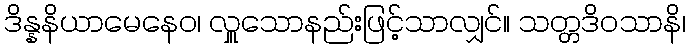
ဒိန္နနိယာမေနေဝ၊ လှူသောနည်းဖြင့်သာလျှင်။ သတ္တဒိဝသာနိ၊